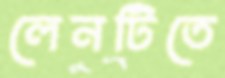
লেনটিতে